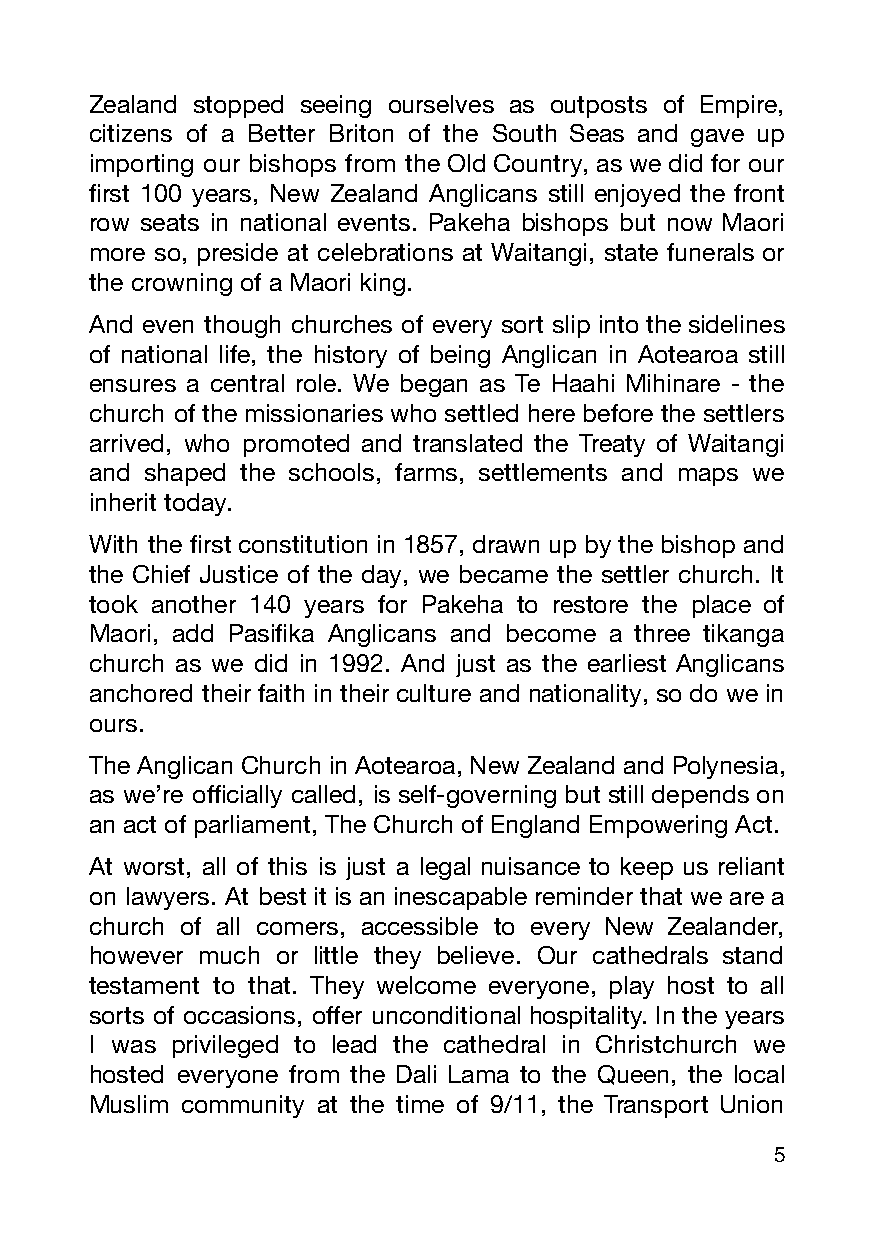
Zealand stopped seeing ourselves as outposts of Empire,
 citizens of a Better Briton of the South Seas and gave up
 importing our bishops from the Old Country, as we did for our
 first 100 years, New Zealand Anglicans still enjoyed the front
 row seats in national events. Pakeha bishops but now Maori
 more so, preside at celebrations at Waitangi, state funerals or
 the crowning of a Maori king.
 And even though churches of every sort slip into the sidelines
 of national life, the history of being Anglican in Aotearoa still
 ensures a central role. We began as Te Haahi Mihinare - the
 church of the missionaries who settled here before the settlers
 arrived, who promoted and translated the Treaty of Waitangi
 and shaped the schools, farms, settlements and maps we
 inherit today.
 With the first constitution in 1857, drawn up by the bishop and
 the Chief Justice of the day, we became the settler church. It
 took another 140 years for Pakeha to restore the place of
 Maori, add Pasifika Anglicans and become a three tikanga
 church as we did in 1992. And just as the earliest Anglicans
 anchored their faith in their culture and nationality, so do we in
 ours.
 The Anglican Church in Aotearoa, New Zealand and Polynesia,
 as we’re officially called, is self-governing but still depends on
 an act of parliament, The Church of England Empowering Act.
 At worst, all of this is just a legal nuisance to keep us reliant
 on lawyers. At best it is an inescapable reminder that we are a
 church of all comers, accessible to every New Zealander,
 however much or little they believe. Our cathedrals stand
 testament to that. They welcome everyone, play host to all
 sorts of occasions, offer unconditional hospitality. In the years
 I was privileged to lead the cathedral in Christchurch we
 hosted everyone from the Dali Lama to the Queen, the local
 Muslim community at the time of 9/11, the Transport Union
 5